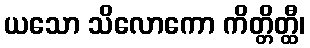
ယသော သိလောကော ကိတ္တိတ္ထီ၊